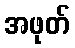
အဖုတ်